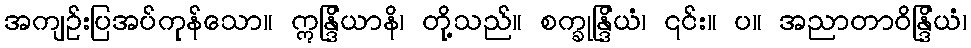
အကျဉ်းပြအပ်ကုန်သော။ ဣန္ဒြိယာနိ၊ တို့သည်။ စက္ခုန္ဒြိယံ၊ ၎င်း။ ပ။ အညာတာဝိန္ဒြိယံ၊